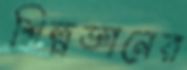
শিল্পজ্ঞানের